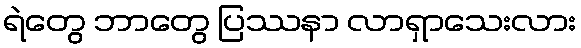
ရဲတွေ ဘာတွေ ပြဿနာ လာရှာသေးလား